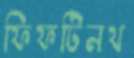
ফিফটিনথ